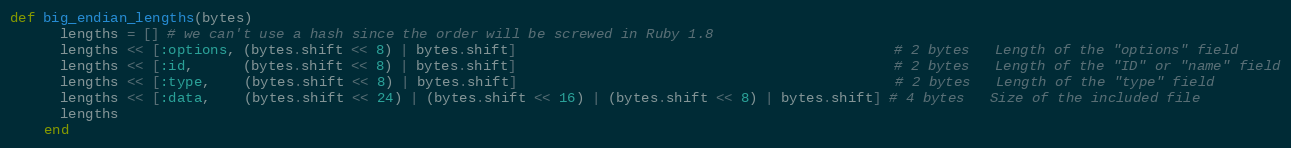
Language: Ruby
def big_endian_lengths(bytes)
      lengths = [] # we can't use a hash since the order will be screwed in Ruby 1.8
      lengths << [:options, (bytes.shift << 8) | bytes.shift]                                             # 2 bytes   Length of the "options" field
      lengths << [:id,      (bytes.shift << 8) | bytes.shift]                                             # 2 bytes   Length of the "ID" or "name" field
      lengths << [:type,    (bytes.shift << 8) | bytes.shift]                                             # 2 bytes   Length of the "type" field
      lengths << [:data,    (bytes.shift << 24) | (bytes.shift << 16) | (bytes.shift << 8) | bytes.shift] # 4 bytes   Size of the included file
      lengths
    end